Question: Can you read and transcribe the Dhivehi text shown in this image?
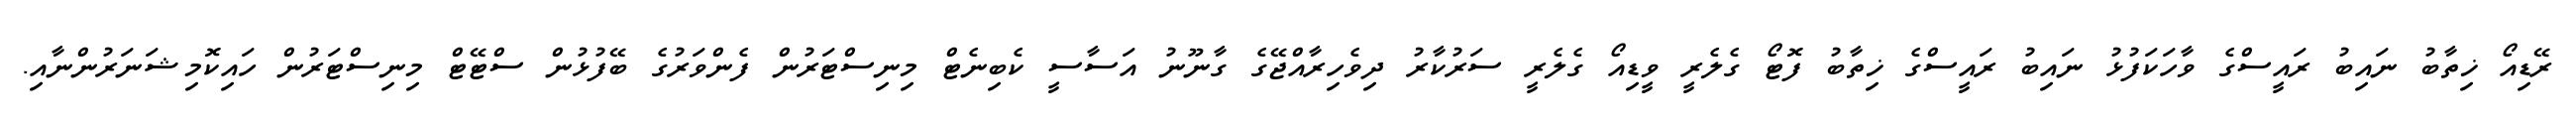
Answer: ރޭޑިއޯ ޚިތާބު ނައިބު ރައީސްގެ ވާހަކަފުޅު ނައިބު ރައީސްގެ ޚިތާބު ފޮޓޯ ގެލެރީ ވީޑިއޯ ގެލެރީ ސަރުކާރު ދިވެހިރާއްޖޭގެ ގާނޫނު އަސާސީ ކެބިނެޓް މިނިސްޓަރުން ފެންވަރުގެ ބޭފުޅުން ސްޓޭޓް މިނިސްޓަރުން ހައިކޮމިޝަނަރުންނާއި.